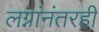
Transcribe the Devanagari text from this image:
लग्नांनंतरही